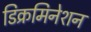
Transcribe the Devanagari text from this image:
डिक्रमिनेशन